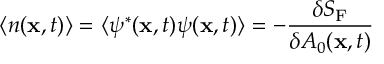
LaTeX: \langle n ( { \bf x } , t ) \rangle = \langle \psi ^ { * } ( { \bf x } , t ) \psi ( { \bf x } , t ) \rangle = - { \frac { \delta S _ { \mathrm { F } } } { \delta { \cal A } _ { 0 } ( { { \bf x } , t } ) } }